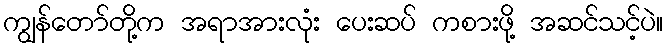
ကျွန်တော်တို့က အရာအားလုံး ပေးဆပ် ကစားဖို့ အဆင်သင့်ပဲ။